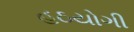
હઠયોગી